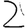
Digit: 2